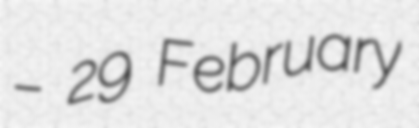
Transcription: – 29 February